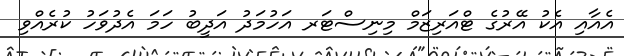
އެއާއި އެކު އޭރުގެ ޓްއަރިޒަމް މިނިސްޓަރ އަހުމަދު އަދީބު ހަމަ އެދުވަހު ކުރެއްވި